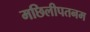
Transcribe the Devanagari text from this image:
मछिलीपतनम